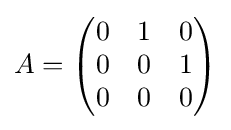
A={\begin{pmatrix}0&1&0\\0&0&1\\0&0&0\end{pmatrix}}